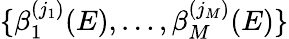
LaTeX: \{ \beta_{1}^{(j_{1})}(E),\dots,\beta_{M}^{(j_{M})}(E)\}